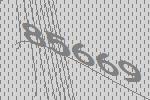
85669